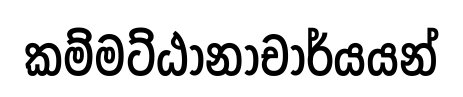
කම්මට්ඨානාචාර්යයන්